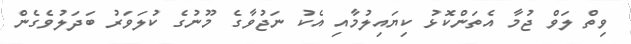
ވިތް ލަވް ޖުމާ އެތަންކޮޅު ކިޔައިލުމާއި އެކު ނަޖުވާގެ މޫނުގެ ކުލަވަރު ބަދަލުވެގެން